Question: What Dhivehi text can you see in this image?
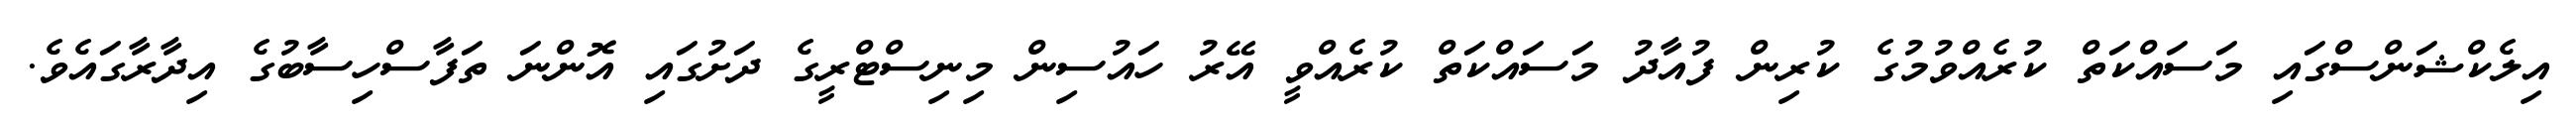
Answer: އިލެކްޝަންސްގައި މަސައްކަތް ކުރެއްވުމުގެ ކުރިން ފުއާދު މަސައްކަތް ކުރެއްވީ އޭރު ހައުސިން މިނިސްޓްރީގެ ދަށުގައި އޮންނަ ތަފާސްހިސާބުގެ އިދާރާގައެވެ.